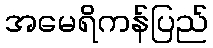
အမေရိကန်ပြည်